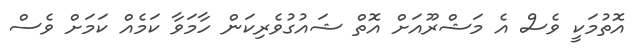
އޮތުމަކީ ވެސް އެ މަޝްރޫއަށް އޮތް ޝައުގުވެރިކަން ހާމަވާ ކަމެއް ކަމަށް ވެސް